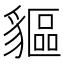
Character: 貙